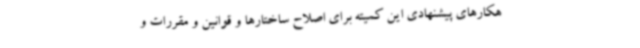
هکارهای پیشنهادی این کمیته برای اصلاح ساختارها و قوانین و مقررات و